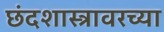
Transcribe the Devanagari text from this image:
छंदशास्त्रावरच्या